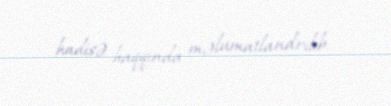
hadisə haqqında məlumatlandrılıb.